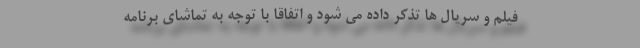
فیلم و سریال ها تذکر داده می شود و اتفاقا با توجه به تماشای برنامه